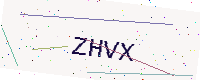
Text: ZHVX